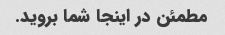
مطمئن در اینجا شما بروید.